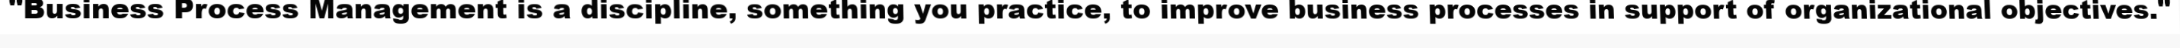
"Business Process Management is a discipline, something you practice, to improve business processes in support of organizational objectives."